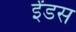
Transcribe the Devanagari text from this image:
ईंडस